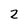
Character: 2